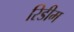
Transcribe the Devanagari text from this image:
रिडीम